Report of the Hyderabad Chloroform Commission
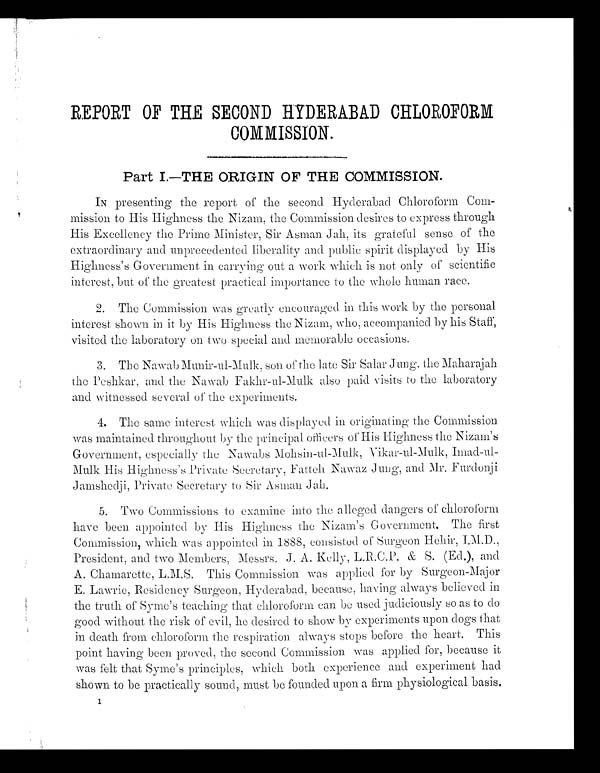
REPORT OF THE SECOND HYDERABAD CHLOROFORM
COM MISSION.
Part I.—THE ORIGIN OF THE COMMISSION.
IN presenting the report of the second Hyderabad Chloroform Com-
mission to His Highness the Nizam, the Commission desires to express through
His Excellency the Prime Minister, Sir Asman Jah, its grateful sense of the
extraordinary and unprecedented liberality and public spirit displayed by His
Highness's Government in carrying out a work which is not only of scientific
interest, but of the greatest practical importance to the whole human race.
2. The Commission was greatly encouraged in this work by the personal
interest shown in it by His Highness the Nizam, who, accompanied by his Staff,
visited the laboratory on two special and memorable occasions.
3. The Nawab Munir-ul-Mulk, son of the late Sir Salar Jung'. the Maharajah
the Peshkar, and the Nawab Fakhr-ul-Mulk also paid visits to the laboratory
and witnessed several of the experiments.
4. The same interest which was displayed in originating the Commission
was maintained throughout by the principal officers of His Highness the Nizam's
Government, especially the Nawabs Mohsin-ul-Mulk,
V i k a r - u l - M u l k , I m a d - u l - M u l k H i s H i g h n e s s ' s P r i v a t e S e c r e t a r y , F a t t e hN
a w a z
J u n g
. , a n d M r . F u r d o n j i
Janishedji, Private Secretary to Sir Asman Jah.
5. Two Commissions to examine into the alleged dangers of chloroform
have been appointed by His Highness the Nizam's Government. The first
Commission, which was appointed in 1888, consisted of Surgeon Heir,
President, and two Members, Messrs. J A. Kelly, L.R.C.P. &amp; S. (Ed.), and
A. Chamarette, L.M.S. This Commission was applied for by Surgeon-Major
E. Lawrie, Residency Surgeon, Hyderabad, because, having always believed in
the truth of Syme's teaching that chloroform can be used judiciously so as to do
good without the risk of evil, he desired to show by experiments upon dogs that
in death from chloroform the respiration always stops before the heart. This
point haying been. proved, the second Commission was applied for, because it
was felt that Syme's principles, which both experience and experiment had
shown to be practically sound, must be founded upon a firm physiological basis.